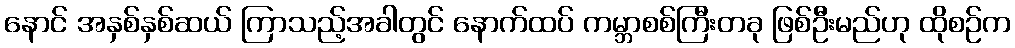
နောင် အနှစ်နှစ်ဆယ် ကြာသည့်အခါတွင် နောက်ထပ် ကမ္ဘာစစ်ကြီးတခု ဖြစ်ဦးမည်ဟု ထိုစဉ်က